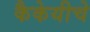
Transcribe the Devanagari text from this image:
कैकेयीचे